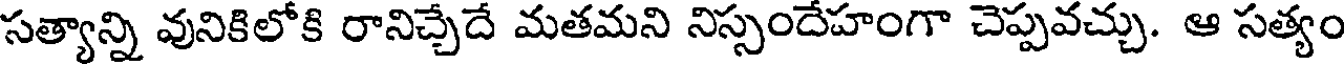
సత్యాన్ని వునికిలోకి రానిచ్చేదే మతమని నిస్సందేహంగా చెప్పవచ్చు. ఆ సత్యం